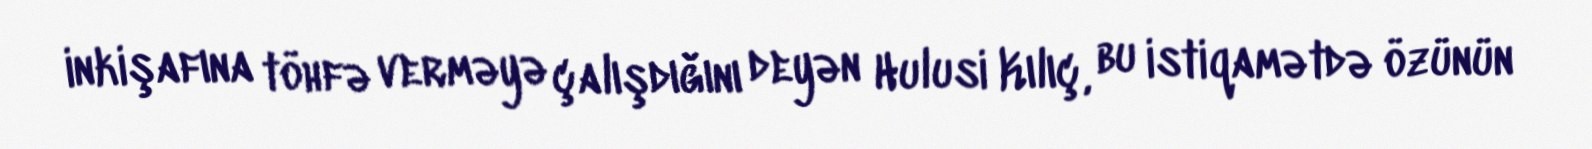
inkişafına töhfə verməyə çalışdığını deyən Hulusi Kılıç, bu istiqamətdə özünün